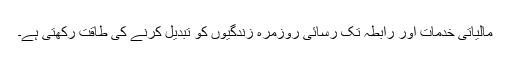
مالیاتی خدمات اور رابطہ تک رسائی روزمرہ زندگیوں کو تبدیل کرنے کی طاقت رکھتی ہے۔